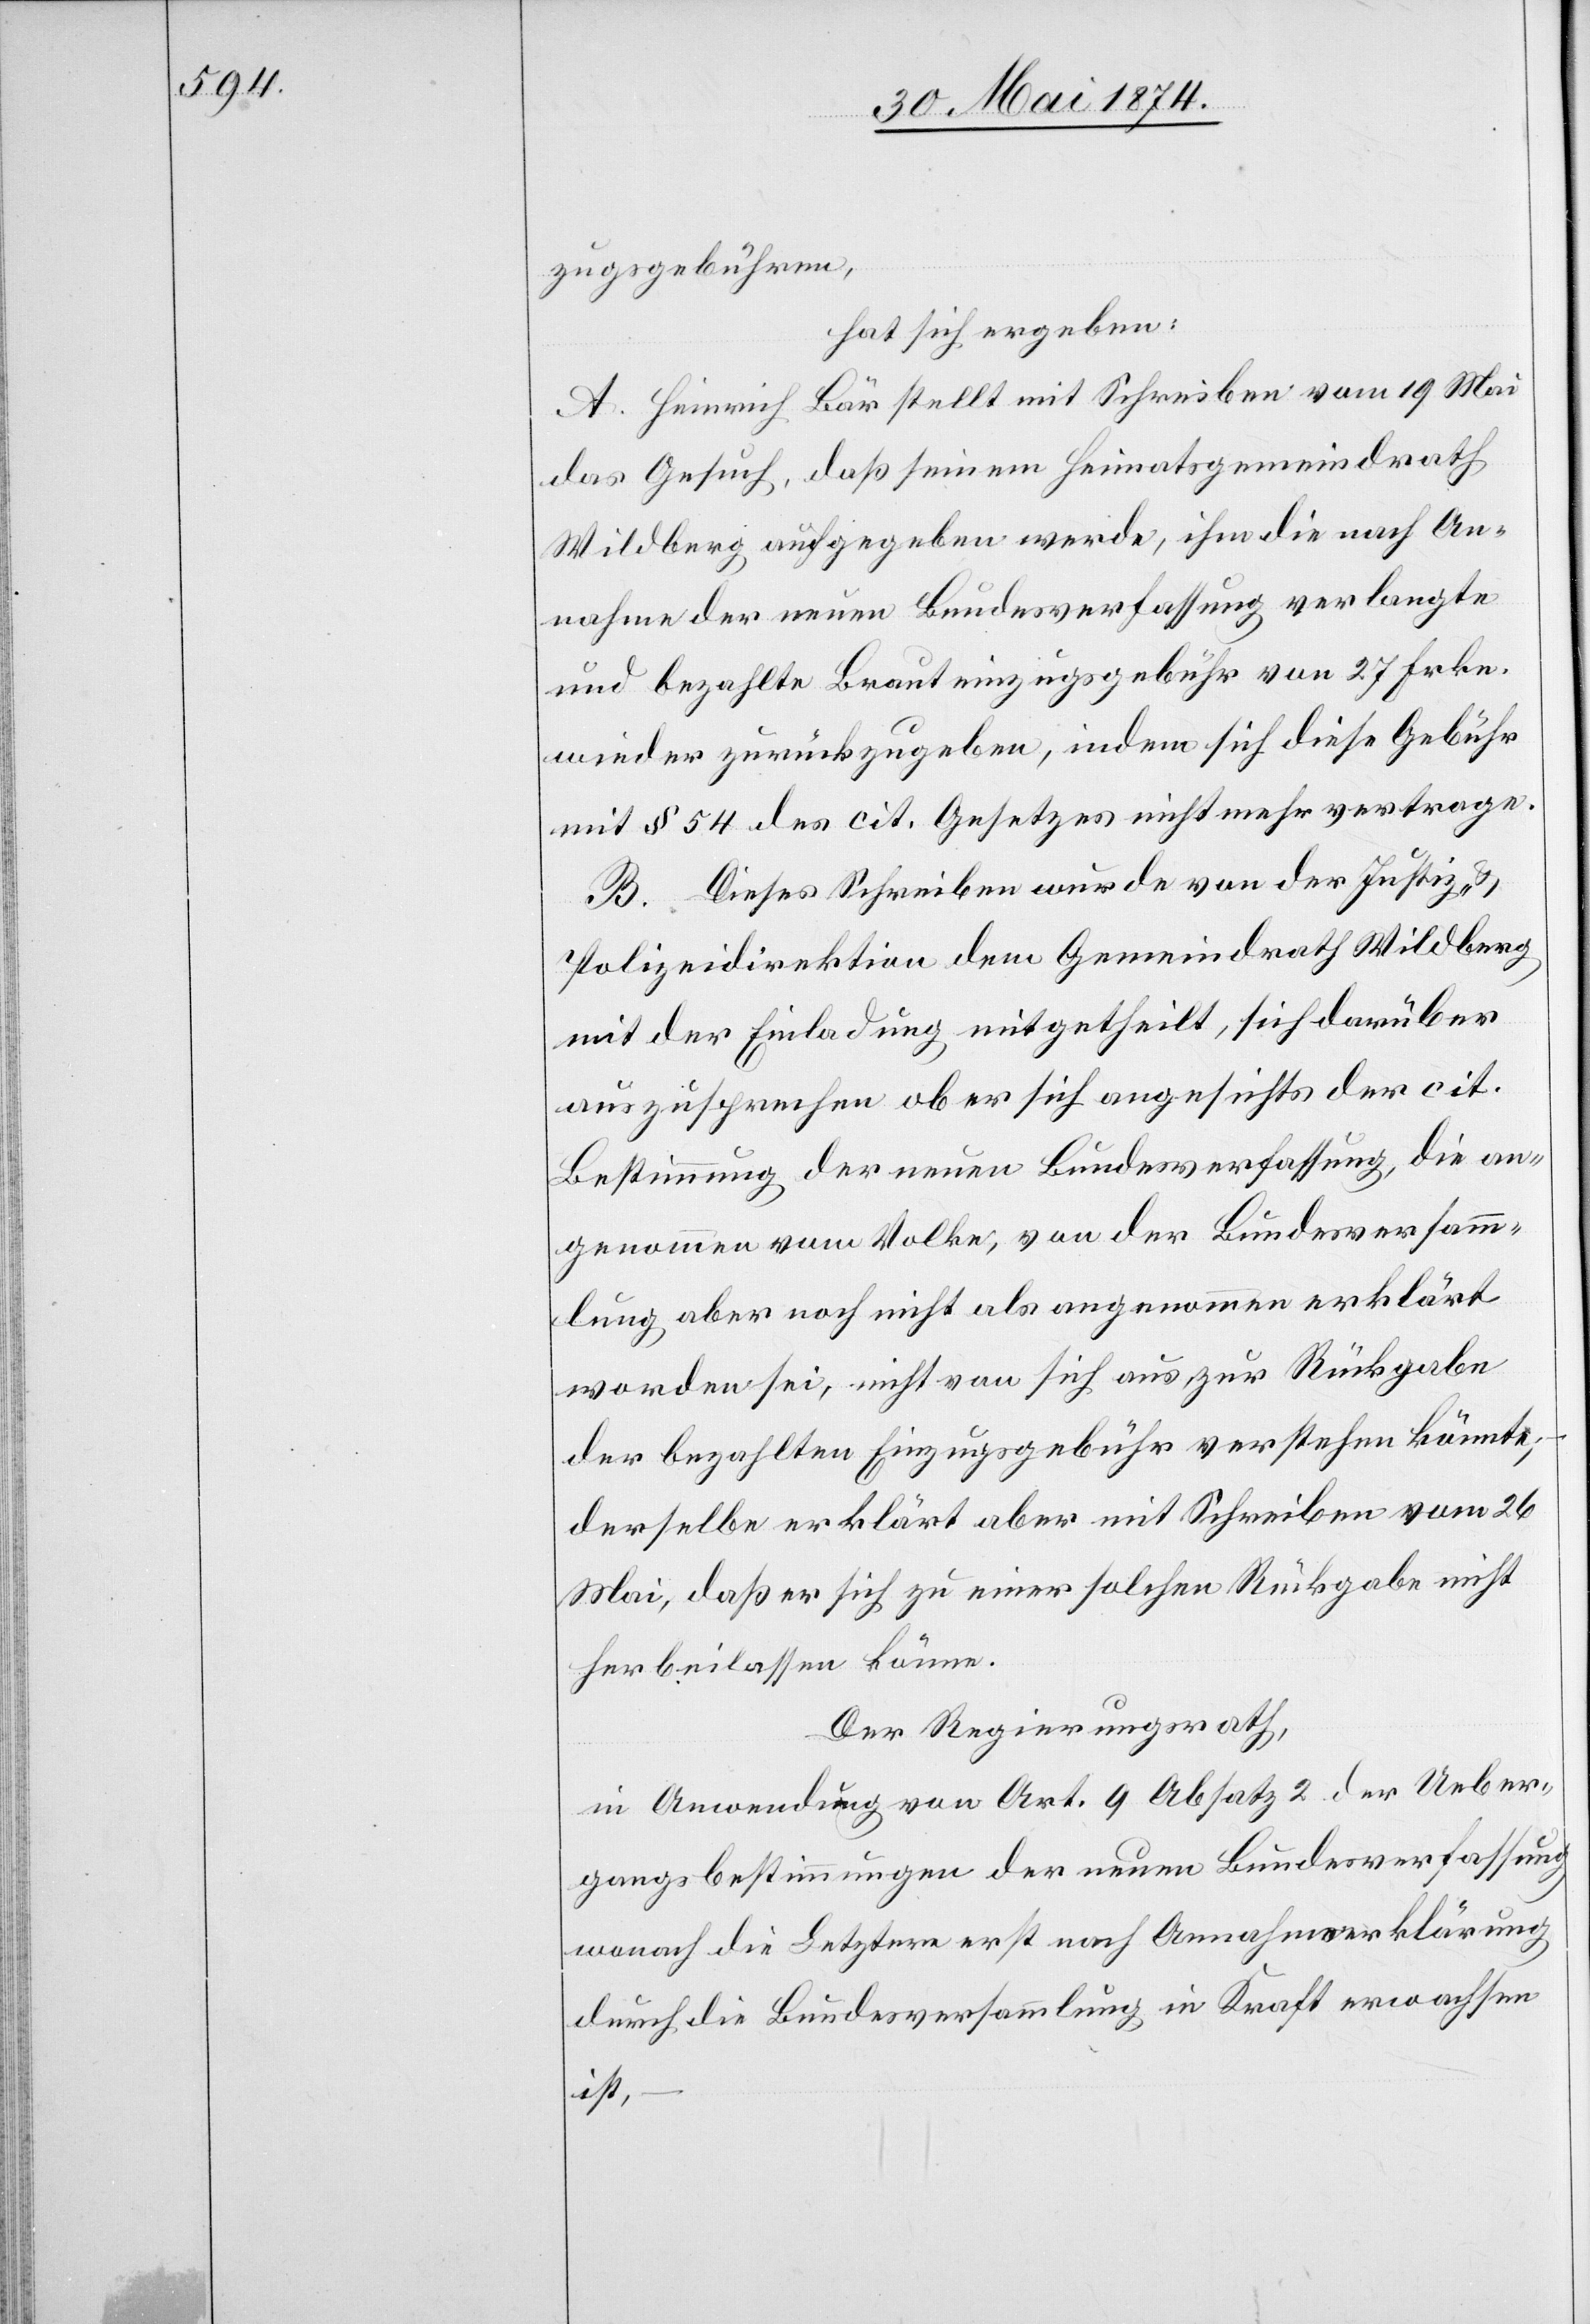
zugsgebühren,
hat sich ergeben:
A. Heinrich Bär stellt mit Schreiben vom 19. Mai
das Gesuch, daß seinem Heimatsgemeindrath
Wildberg, aufgegeben werde, ihm die nach An¬
nahme der neuen Bundesverfassung verlangte
und bezahlte Brauteinzugsgebühr von 27 Frkn.
wieder zurückzugeben, indem sich diese Gebühr
mit § 54 des cit. Gesetzes nicht mehr vertrage.
B. Dieses Schreiben wurde von der Justiz- u.
Polizeidirektion dem Gemeindrath Wildberg
mit der Einladung mitgetheilt, sich darüber
auszusprechen ob er sich angesichts der cit.
Bestimmung der neuen Bundesverfassung, die an¬
genommen vom Volke, von der Bundesversamm¬
lung aber noch nicht als angenommen erklärt
worden sei, nicht von sich aus zur Rückgabe
der bezahlten Einzugsgebühr verstehen könnte;
derselbe erklärt aber mit Schreiben vom 26.
Mai, daß er sich zu einer solchen Rückgabe nicht
herbeilassen könne.
Der Regierungsrath,
in Anwendung von Art. 9 Absatz 2 der Ueber¬
gangsbestimmungen der neuen Bundesverfassung
wonach die Letztere erst nach Annahmserklärung
durch die Bundesversammlung in Kraft erwachsen
ist,